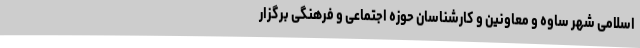
اسلامی شهر ساوه و معاونین و کارشناسان حوزه اجتماعی و فرهنگی برگزار